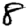
Digit: 8